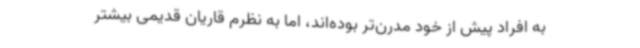
به افراد پیش از خود مدرن‌تر بوده‌اند، اما به نظرم قاریان قدیمی بیشتر